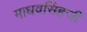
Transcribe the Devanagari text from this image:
माधवसिंहजी